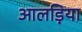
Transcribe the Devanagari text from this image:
आलड़िया